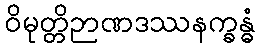
ဝိမုတ္တိဉာဏဒဿနက္ခန္ဓံ